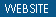
WEBSITE